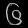
Digit: ၆